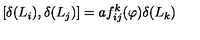
\lbrack \delta ( L _ { i } ) , \delta ( L _ { j } ) ] = a f _ { i j } ^ { k } ( \varphi ) \delta ( L _ { k } )